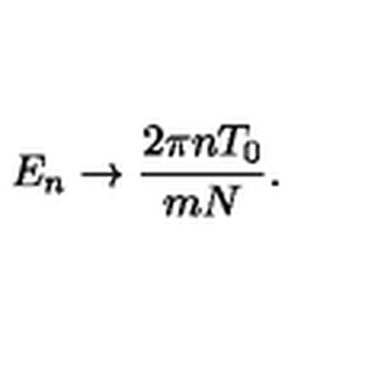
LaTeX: E _ { n } \rightarrow { \frac { 2 \pi n T _ { 0 } } { m N } } .